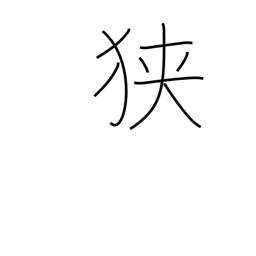
Meaning: tight